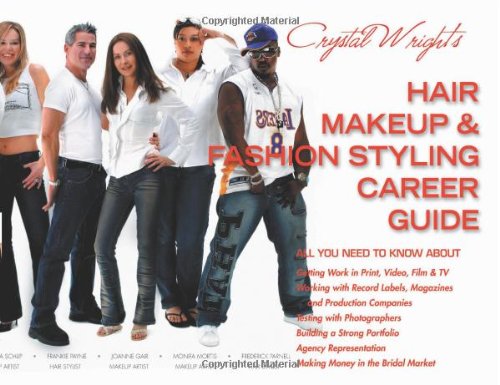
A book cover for Crystal Wright's Hair Makeup & Fashion Styling Career Guide, 5th Edition; Crystal Wright; Arts & Photography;